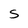
Character: S